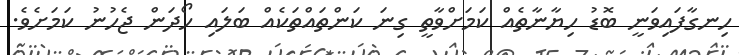
ހިނގާފައިވަނީ ބޮޑު ހިޔާނާތެއް ކަމަށްވާތީ ގިނަ ކަންތައްތަކެއް ބަލައި ހޯދަން ޖެހުނު ކަމަށެވެ.